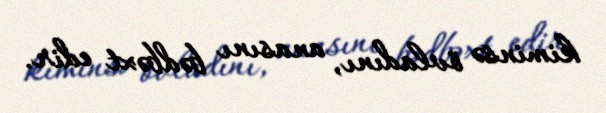
kiminsə övladını, anasını bədbəxt edir.